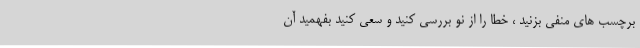
برچسب های منفی بزنید ، خطا را از نو بررسی کنید و سعی کنید بفهمید آن